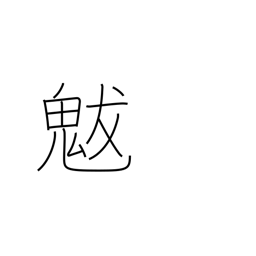
Meaning: (god of) drought